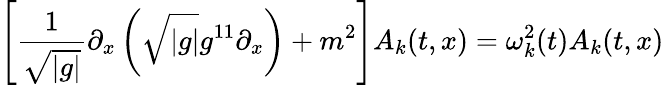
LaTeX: \left[\frac{1}{\sqrt{|g|}}\partial_{x}\left(\sqrt{|g|}g^{11}\partial_{x}\right)+m^{2}\right]A_{k}(t,x)=\omega_{k}^{2}(t)A_{k}(t,x)